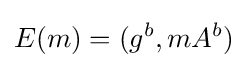
E(m)=(g^{b},mA^{b})